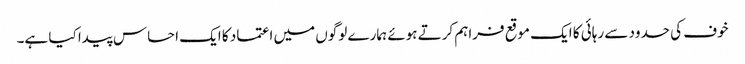
خوف کی حدود سے رہائی کا ایک موقع فراہم کرتے ہوئے ہمارے لوگوں میں اعتماد کا ایک احساس پیدا کیا ہے۔